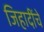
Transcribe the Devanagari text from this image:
जिहादींचे